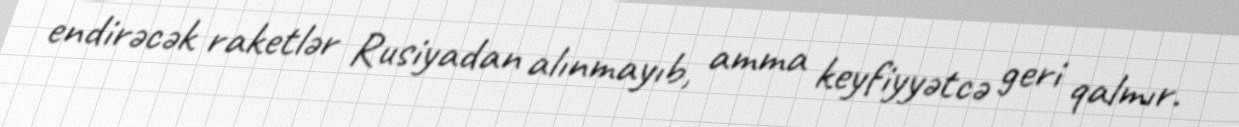
endirəcək raketlər Rusiyadan alınmayıb, amma keyfiyyətcə geri qalmır.